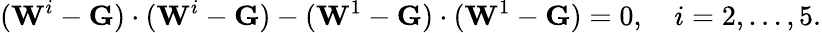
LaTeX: (\mathbf{W}^{i}-\mathbf{G})\cdot(\mathbf{W}^{i}-\mathbf{G})-(\mathbf{W}^{1}-\mathbf{G})\cdot(\mathbf{W}^{1}-\mathbf{G})=0,\quad i=2,\ldots,5.